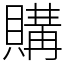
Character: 購